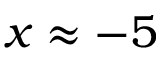
x \approx - 5